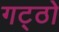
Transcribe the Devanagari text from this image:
गट्ठो